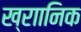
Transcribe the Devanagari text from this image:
ख्राानिक